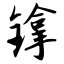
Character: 镎